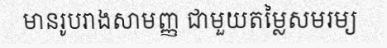
មានរូបរាងសាមញ្ញ ជាមួយតម្លៃសមរម្យ